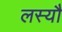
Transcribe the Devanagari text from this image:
लस्यौ